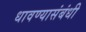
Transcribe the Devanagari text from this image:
धावण्यासंबंधी